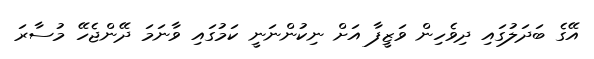
އޭގެ ބަދަލުގައި ދިވެހިން ވަޒީފާ އަށް ނިކުންނަނީ ކަމުގައި ވާނަމަ ދޭންޖެހޭ މުސާރަ